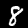
Digit: 8